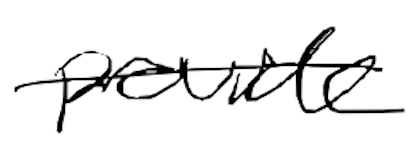
Text: provide
Cross-out: single-line
Writing tool: digital_black